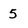
Character: 5